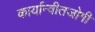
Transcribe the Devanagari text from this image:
कार्यान्वीतजोगी